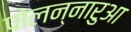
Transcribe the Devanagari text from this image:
पोलन्नारुआ